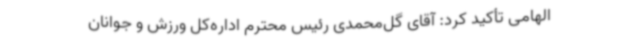
الهامی تأکید کرد: آقای گل‌محمدی رئیس محترم اداره‌کل ورزش و جوانان